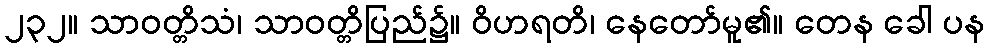
၂၃၂။ သာဝတ္တိသံ၊ သာဝတ္တိပြည်၌။ ဝိဟရတိ၊ နေတော်မူ၏။ တေန ခေါ ပန